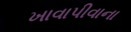
ખાવાપીવાના